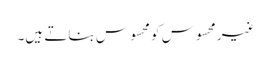
غیر محسوس کو محسوس بناتے ہیں۔